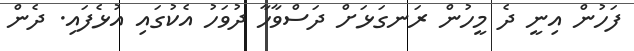
ފަހުން އިނީ ދެ މީހުން ރަނގަޅަށް ދަސްވާހާ ދުވަހު އެކުގައި އުޅެފައި. ދެން